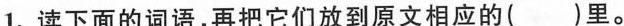
1.读下面的词语，再把它们放到原文相应的( )里。